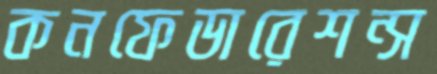
কনফেডারেশন্স